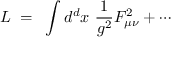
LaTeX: L ~ = ~ \int d ^ { d } x ~ { \frac { 1 } { g ^ { 2 } } } F _ { \mu \nu } ^ { 2 } + \cdots